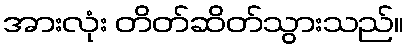
အားလုံး တိတ်ဆိတ်သွားသည်။